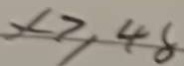
x \geq 4 8